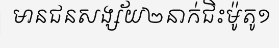
មានជនសង្ស័យ២នាក់ជិះម៉ូតូ១